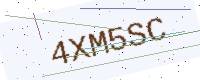
Text: 4XM5SC